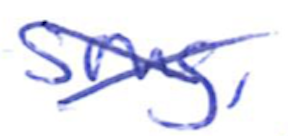
Text: song,
Cross-out: cross
Writing tool: ballpoint